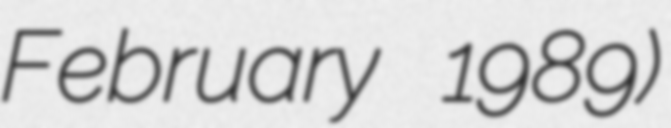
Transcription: February 1989)